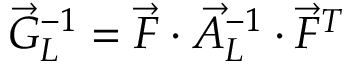
\vec { G } _ { L } ^ { - 1 } = \vec { F } \cdot \vec { A } _ { L } ^ { - 1 } \cdot \vec { F } ^ { T }